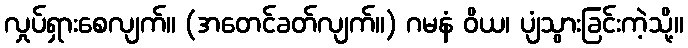
လှုပ်ရှားစေလျက်။ (အတေင်ခတ်လျက်။) ဂမနံ ဝိယ၊ ပျံသွားခြင်းကဲ့သို့။